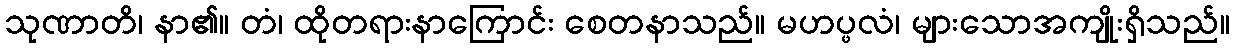
သုဏာတိ၊ နာ၏။ တံ၊ ထိုတရားနာကြောင်း စေတနာသည်။ မဟပ္ဖလံ၊ များသောအကျိုးရှိသည်။